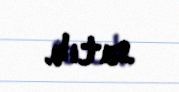
satıb.